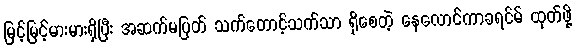
မြင့်မြင့်မားမားရှိပြီး အဆက်မပြတ် သက်တောင့်သက်သာ ရှိစေတဲ့ နေလောင်ကာခရင်မ် ထုတ်ဖို့